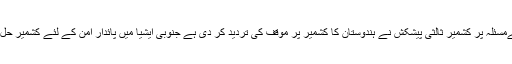
امریکی صدر کےمسئلہ پر کشمیر ثالثی پیشکش نے ہندوستان کا کشمیر پر موقف کی تردید کر دی ہے جنوبی ایشیا میں پائدار امن کے لئے کشمیر حل طلب مسئلہ ہے ۔